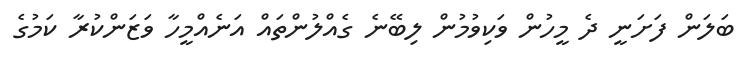
ބަލަން ފަށަނީ ދެ މީހުން ވަކިވުމުން ލިބޭނެ ގެއްލުންތައް އަނެއްމީހާ ވަޒަންކުރާ ކަމުގެ